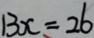
1 3 x = 2 6